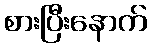
စားပြီးနောက်